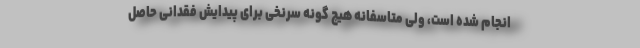
انجام شده است، ولی متاسفانه هیچ گونه سرنخی برای پیدایش فقدانی حاصل